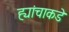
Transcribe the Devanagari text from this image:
ह्यांचाकडे